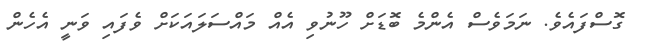
ގޮސްފައެވެ. ނަމަވެސް އެންމެ ބޮޑަށް ހޫނުވި އެއް މައްސަލައަކަށް ވެފައި ވަނީ އެހެން